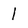
Character: 1